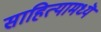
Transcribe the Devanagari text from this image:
साहित्यामध्यॆ